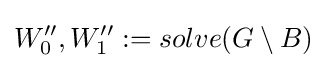
W_{0}'',W_{1}'':=solve(G\setminus B)